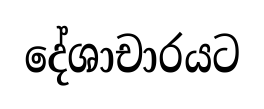
දේශාචාරයට